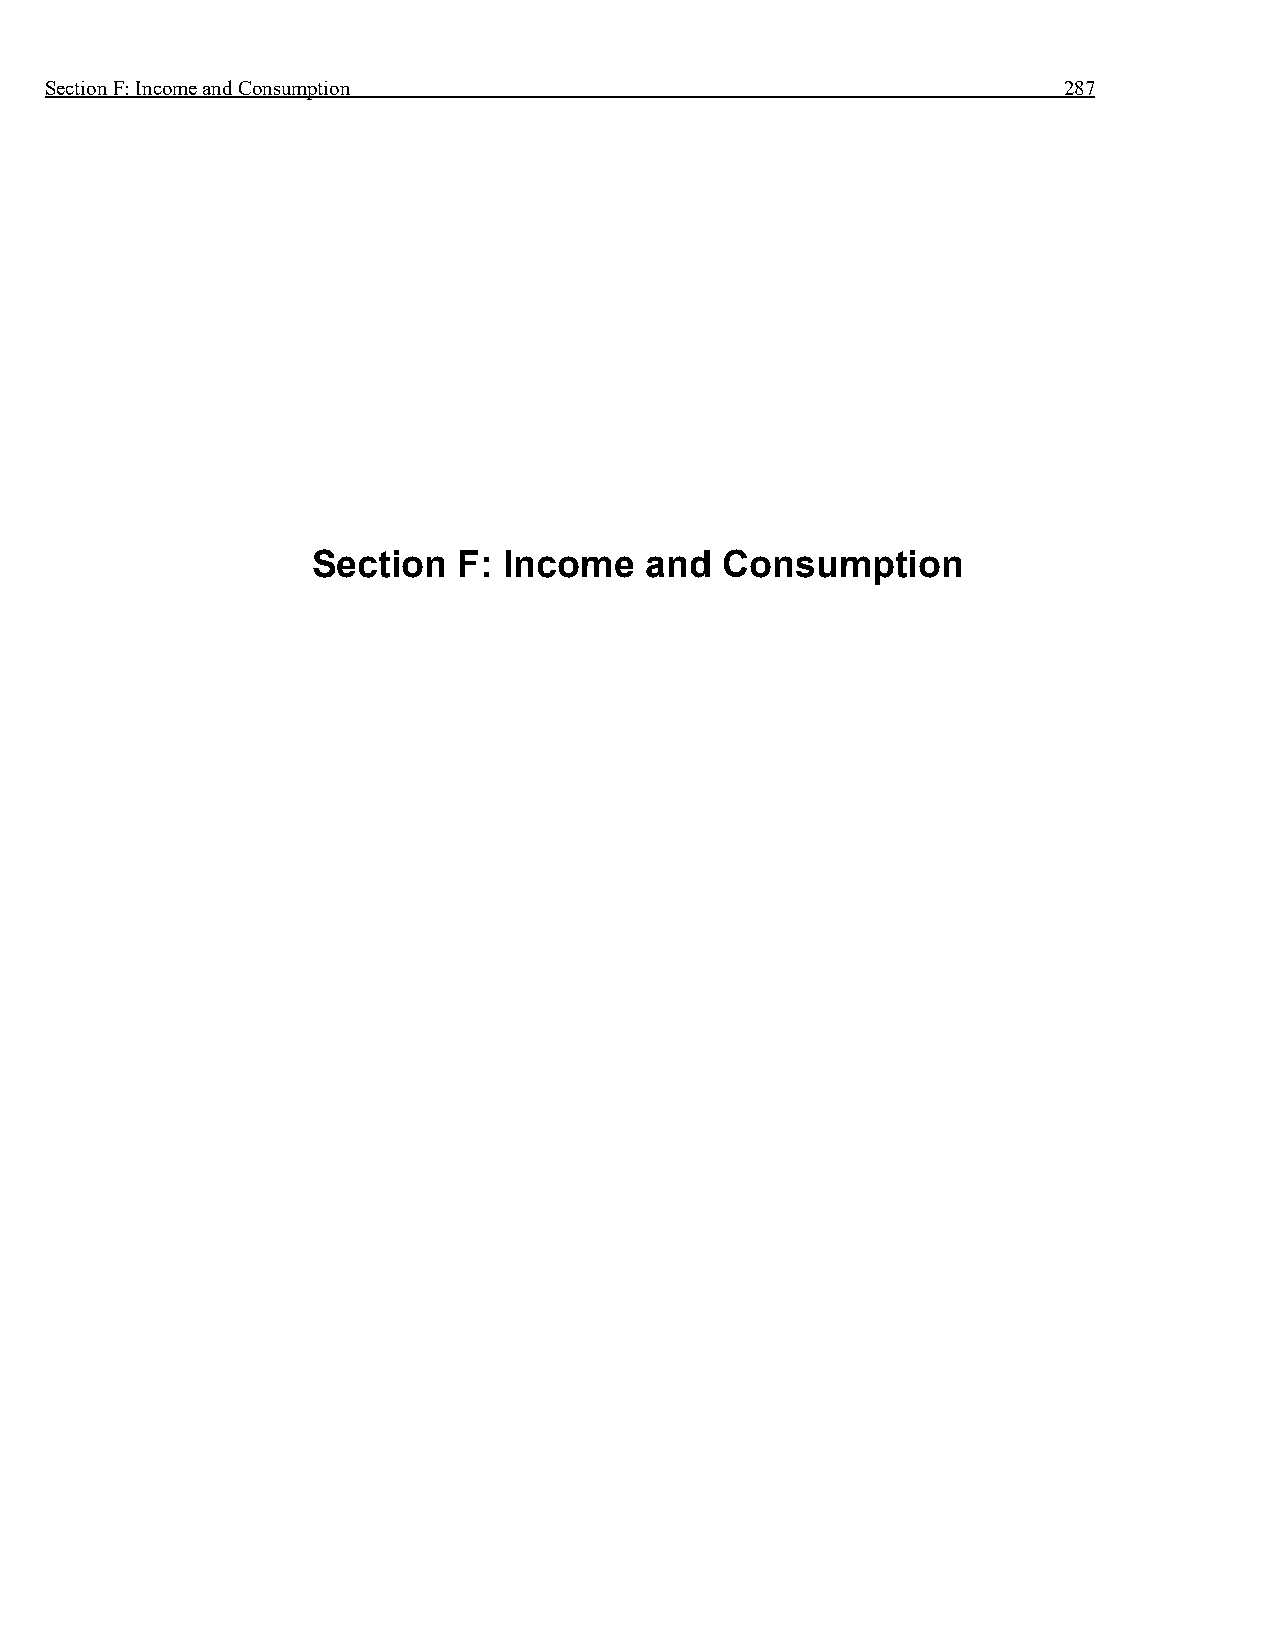
Section F: Income and Consumption                                  287
 Section  F: Income    and  Consumption